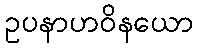
ဥပနာဟဝိနယော